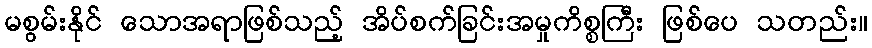
မစွမ်းနိုင် သောအရာဖြစ်သည့် အိပ်စက်ခြင်းအမှုကိစ္စကြီး ဖြစ်ပေ သတည်း။